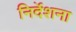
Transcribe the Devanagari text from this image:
निर्देशना